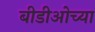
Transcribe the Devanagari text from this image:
बीडीओच्या